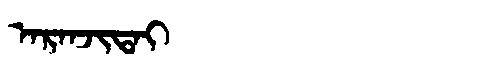
Manchu: ᠠᡵᠠᠨᠵᡳᡨᠠᡳ
Romanization: ARANJITAI